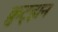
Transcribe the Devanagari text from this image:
क्रुट्झन